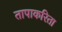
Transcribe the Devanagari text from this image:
तापाकरिता